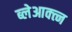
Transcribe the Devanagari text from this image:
ब्लेआक्त्न